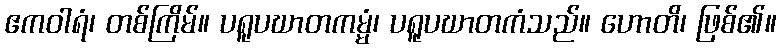
ဧကဝါရံ၊ တစ်ကြိမ်။ ပရူပဃာတကမ္မံ၊ ပရူပဃာတကံသည်။ ဟောတိ၊ ဖြစ်၏။